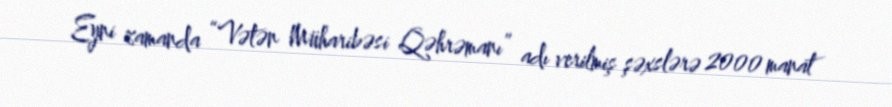
Eyni zamanda “Vətən Müharibəsi Qəhrəmanı” adı verilmiş şəxslərə 2000 manat